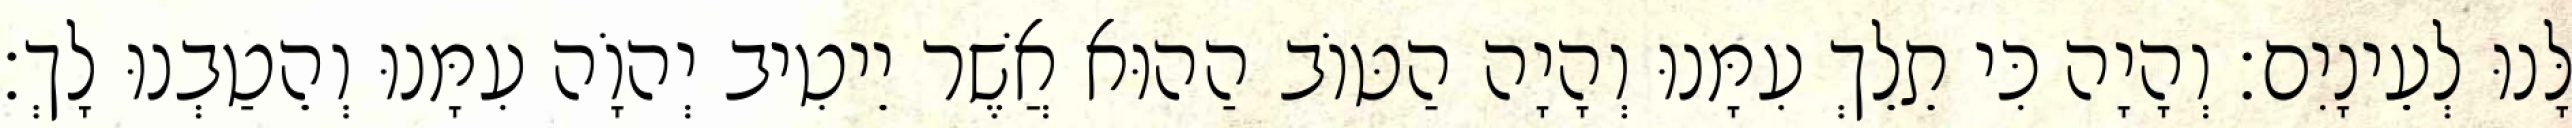
לָּנוּ לְעֵינָיִם׃ וְהָיָה כִּי תֵלֵךְ עִמָּנוּ וְהָיָה הַטּוֹב הַהוּא אֲשֶׁר יֵיטִיב יְהוָֹה עִמָּנוּ וְהֵטַבְנוּ לָךְ׃